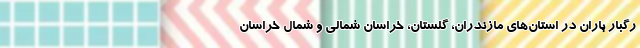
رگبار باران در استان‌های مازندران، گلستان، خراسان شمالی و شمال خراسان